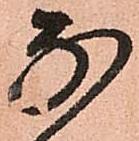
な